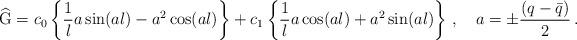
LaTeX: \begin{align*}\widehat{\mbox{G}}=c_0\left\{\frac{1}{l}a\sin(al)-a^2\cos(al)\right\}+c_1\left\{\frac{1}{l}a\cos(al)+a^2\sin(al)\right\}\,,\quad a=\pm \frac{(q - \bar{q})}{2}\,.\end{align*}